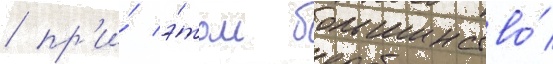
/ пр'и́ э́том большинство́